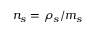
n _ { s } = \rho _ { s } / m _ { s }